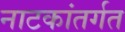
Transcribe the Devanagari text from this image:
नाटकांतर्गत